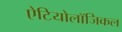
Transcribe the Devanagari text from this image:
ऐटियोलॉजिकल